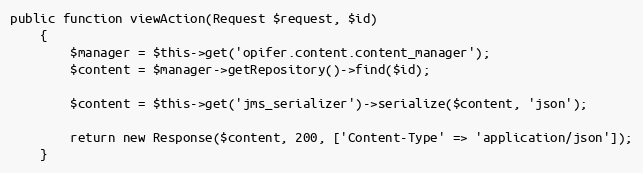
Language: PHP
public function viewAction(Request $request, $id)
    {
        $manager = $this->get('opifer.content.content_manager');
        $content = $manager->getRepository()->find($id);

        $content = $this->get('jms_serializer')->serialize($content, 'json');

        return new Response($content, 200, ['Content-Type' => 'application/json']);
    }